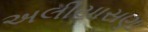
અલીયાસણા